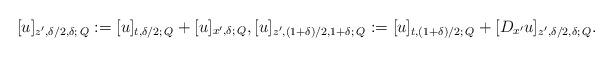
LaTeX: \begin{align*}[u]_{z',\delta/2,\delta; \,Q}:=[u]_{t,\delta/2; \,Q}+[u]_{x',\delta;\, Q},[u]_{z',(1+\delta)/2,1+\delta; \,Q}:=[u]_{t,(1+\delta)/2; \,Q}+[D_{x'}u]_{z',\delta/2,\delta; \,Q}.\end{align*}